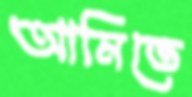
আমিতে